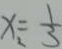
x _ { 2 } = \frac { 1 } { 3 }